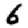
Digit: 6